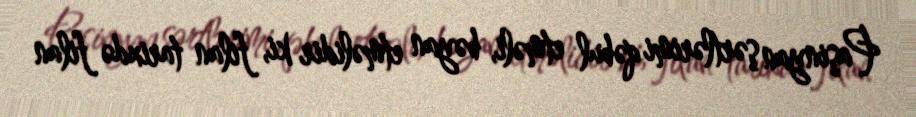
Paşinyan şərtlərimi qəbul etməli, bəyan etməlidir ki, filan tarixdə filan